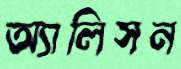
অ্যালিসন